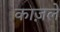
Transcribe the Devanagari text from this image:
काज़ले